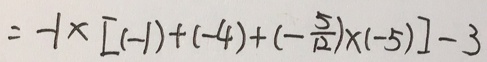
= - 1 \times [ ( - 1 ) + ( - 4 ) + ( - \frac { 5 } { 1 2 } ) \times ( - 5 ) ] - 3